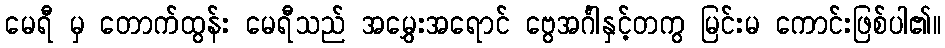
မေရီ မှ တောက်ထွန်း မေရီသည် အမွှေးအရောင် ဗွေအင်္ဂါနှင့်တကွ မြင်းမ ကောင်းဖြစ်ပါ၏။